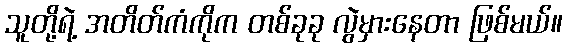
သူတို့ရဲ့ အတိတ်ကံကိုက တစ်ခုခု လွဲမှားနေတာ ဖြစ်မယ်။